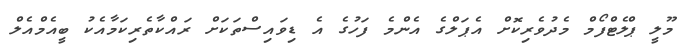
މޫލީ ޕްލެޓްފޯމް މެދުވެރިކޮށް އެޕަލްގެ އެންމެ ފަހުގެ އެ ޑިވައިސްތަކަށް ރައްކާތެރިކަމާއެކު ބީއެމްއެލް